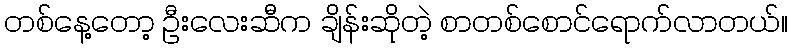
တစ်နေ့တော့ ဦးလေးဆီက ချိန်းဆိုတဲ့ စာတစ်စောင်ရောက်လာတယ်။